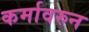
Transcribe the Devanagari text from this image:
कर्मावरुन